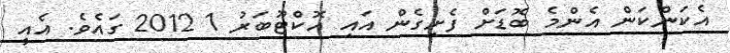
އެކަންކަން އެންމެ ބޮޑަށް ފެށިގެން އައި އޮކްޓޫބަރު 1 2012 ގައެވެ. އެއީ